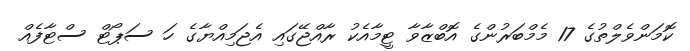
ކޮމަންވެލްތުގެ 17 މެމްބަރުންގެ އޮބްޒާވާ ޓީމާއެކު ރާއްޖޭގައި އެޖަމިއްޔާގެ ހަ ސަޕޯޓް ސްޓާފެއް